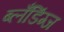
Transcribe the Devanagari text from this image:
ब्लँडिंग्ज